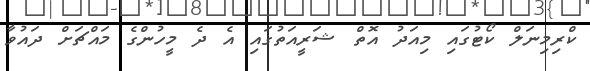
ކްރިމިނަލް ކޯޓުގައި މިއަދު އޮތް ޝަރީއަތުގައި އެ ދެ މީހުންގެ މައްޗަށް ދައުވާ